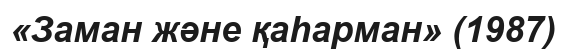
«Заман және қаһарман» (1987)